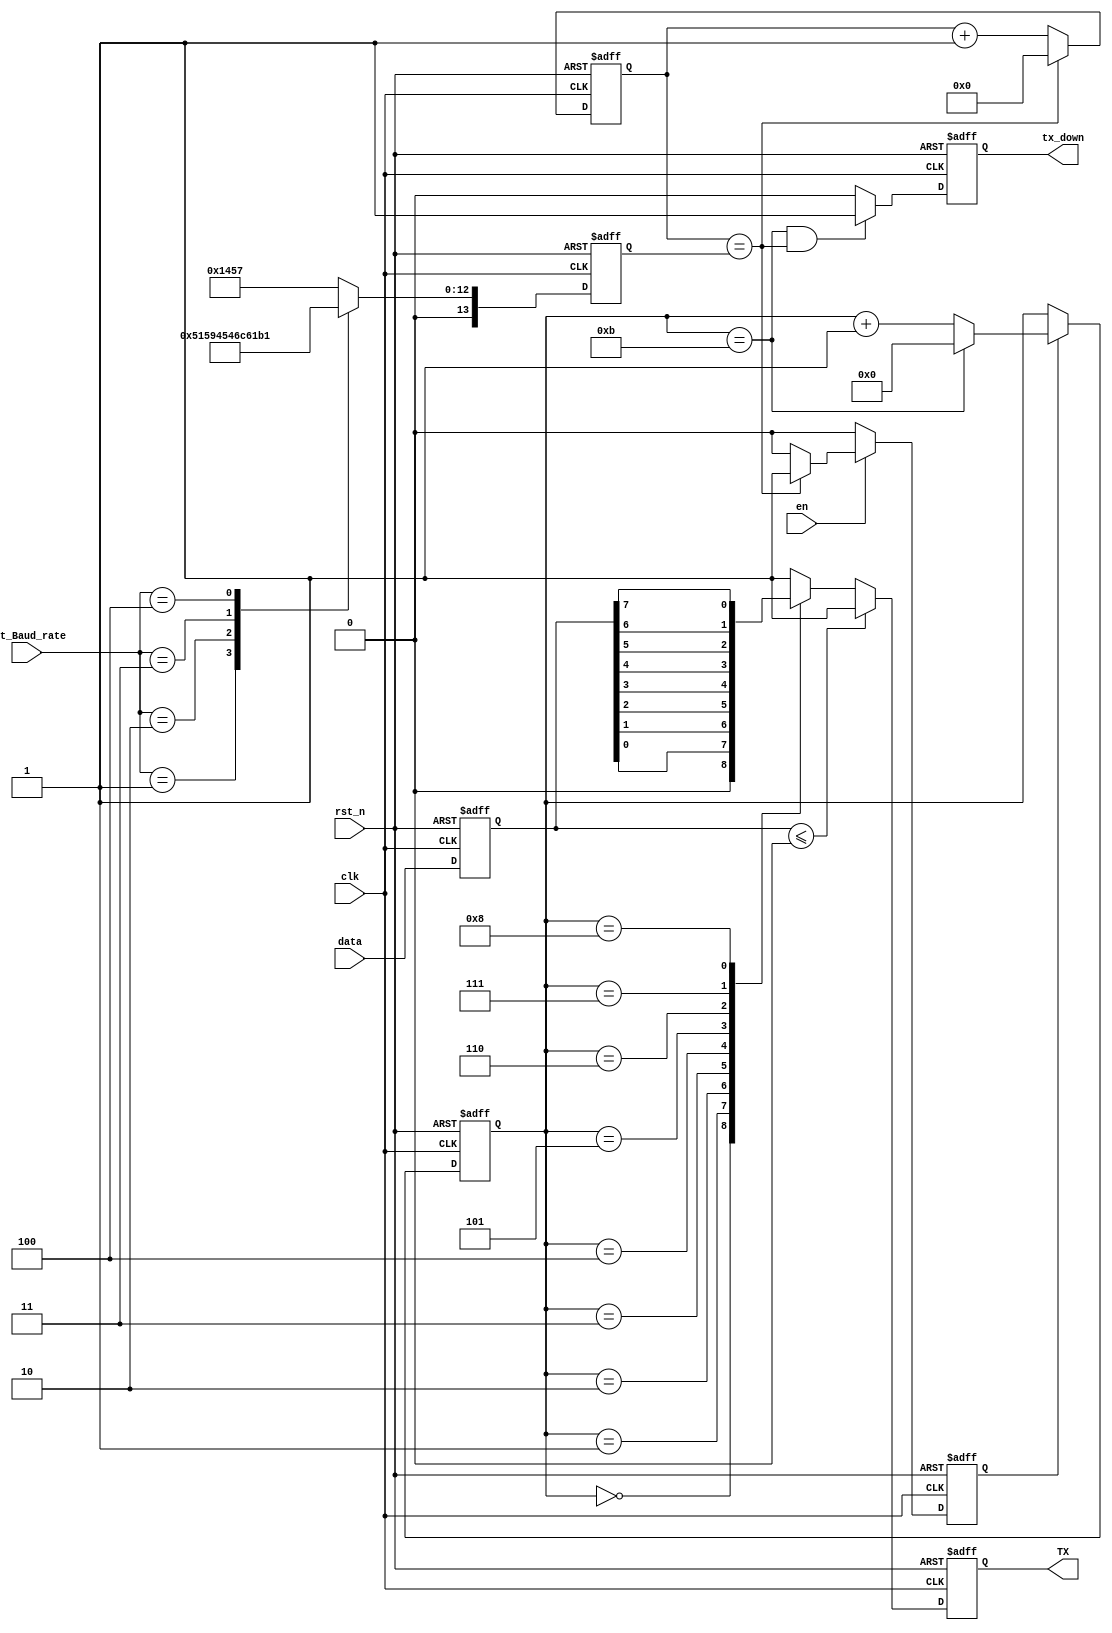
module uart_tx(
				//input
				clk,// 50MHz
				rst_n, //
				set_Baud_rate,//
				data, //
				en, //
				//output
				TX, //
				tx_down //
				);
			
	input clk; // 50MHz
	input rst_n; //
	input [7:0] data; //
	input [3:0] set_Baud_rate;  //
	input en; //
	
	output TX; //
	output tx_down; //
	
	wire clk;
	wire	rst_n;	
	wire en;
	
	reg TX;
	reg tx_down;
	
	//
	reg flag5207;
	reg [7:0] rev_data;
	reg [13:0] conter;
	reg [4:0]con;
	reg [13:0] Baud_rate; //
	//localparam Baud_rate=433;//
	
	//
	always@(posedge clk or negedge rst_n)
	begin
		if(!rst_n)
			Baud_rate <= 5207;
		else 
			case (set_Baud_rate)
				0: Baud_rate <= 5207; //9600
				1: Baud_rate <= 2603;
				2: Baud_rate <= 1301;
				3: Baud_rate <= 867;
				4: Baud_rate <= 433; //115200
				default: Baud_rate <= 5207;
			endcase
	end
	
	//
	always@(posedge clk or negedge rst_n)
	begin
		if(!rst_n)
			rev_data <= 7'd0;
		else
			rev_data <= data;
	end
	
	//9600Hz
	always@(posedge clk or negedge rst_n)
	begin
		if(!rst_n)
			flag5207 <= 0;
		else if(en)//
		begin
			if(conter == Baud_rate)
			flag5207 <= 1'b1;
			else
				flag5207 <= 1'b0;
		end
		else
			flag5207 <= 1'b0;//  en=1
	end
	
	//52071
	always@(posedge clk or negedge rst_n)
	begin
		if (!rst_n)
			conter <= 0;
		else if(conter == Baud_rate)
			conter <= 0;
		else
			conter <= conter +1'b1;
	end
	
	//11
	//10bit1bit
	always@(posedge clk or negedge rst_n)
	begin
		if(!rst_n)
			con <= 0;
		else if(flag5207 == 1'b1)
		begin
			if(con == 4'd11)
				con <= 0;
			else
				con <= con +1'b1;
		end
		else
			con <= con;
	end
	
	//11
	//011
	always@(posedge clk or negedge rst_n)
	begin
		if(!rst_n)
			TX <= 1'b1; //
		else if(rev_data <= 8'd0)
			TX <= 1'b1;
		else
		begin
			case(con)
			0:TX <= 1'b0;
			1:TX <= rev_data[0]; //bit0
			2:TX <= rev_data[1]; //bit1
			3:TX <= rev_data[2]; //bit2
			4:TX <= rev_data[3]; //bit3
			5:TX <= rev_data[4]; //bit4
			6:TX <= rev_data[5]; //bit5
			7:TX <= rev_data[6]; //bit6
			8:TX <= rev_data[7]; //bit7
			default: TX <= 1'b1;
			endcase
		end
	end
	
	//
	always@(posedge clk or negedge rst_n)
	begin
		if(!rst_n)
			tx_down <=0;
		else if(con == 4'd11 && conter == Baud_rate)
			tx_down <= 1'b1;
		else
			tx_down <= 1'b0;
	end
	
endmodule